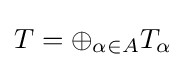
T=\oplus _{\alpha \in A}T_{\alpha }